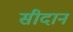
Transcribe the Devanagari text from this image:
सीदान